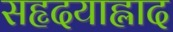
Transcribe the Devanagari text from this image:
सहृदयाह्लाद